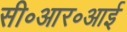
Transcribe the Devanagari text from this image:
सी॰आर॰आई